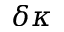
\delta \kappa